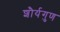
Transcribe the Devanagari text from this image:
शौर्यगुण